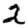
Digit: 2